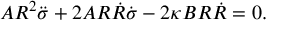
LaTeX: A R ^ { 2 } \ddot { \sigma } + 2 A R \dot { R } \dot { \sigma } - 2 \kappa B R \dot { R } = 0 .